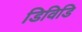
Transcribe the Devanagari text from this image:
डिविडि